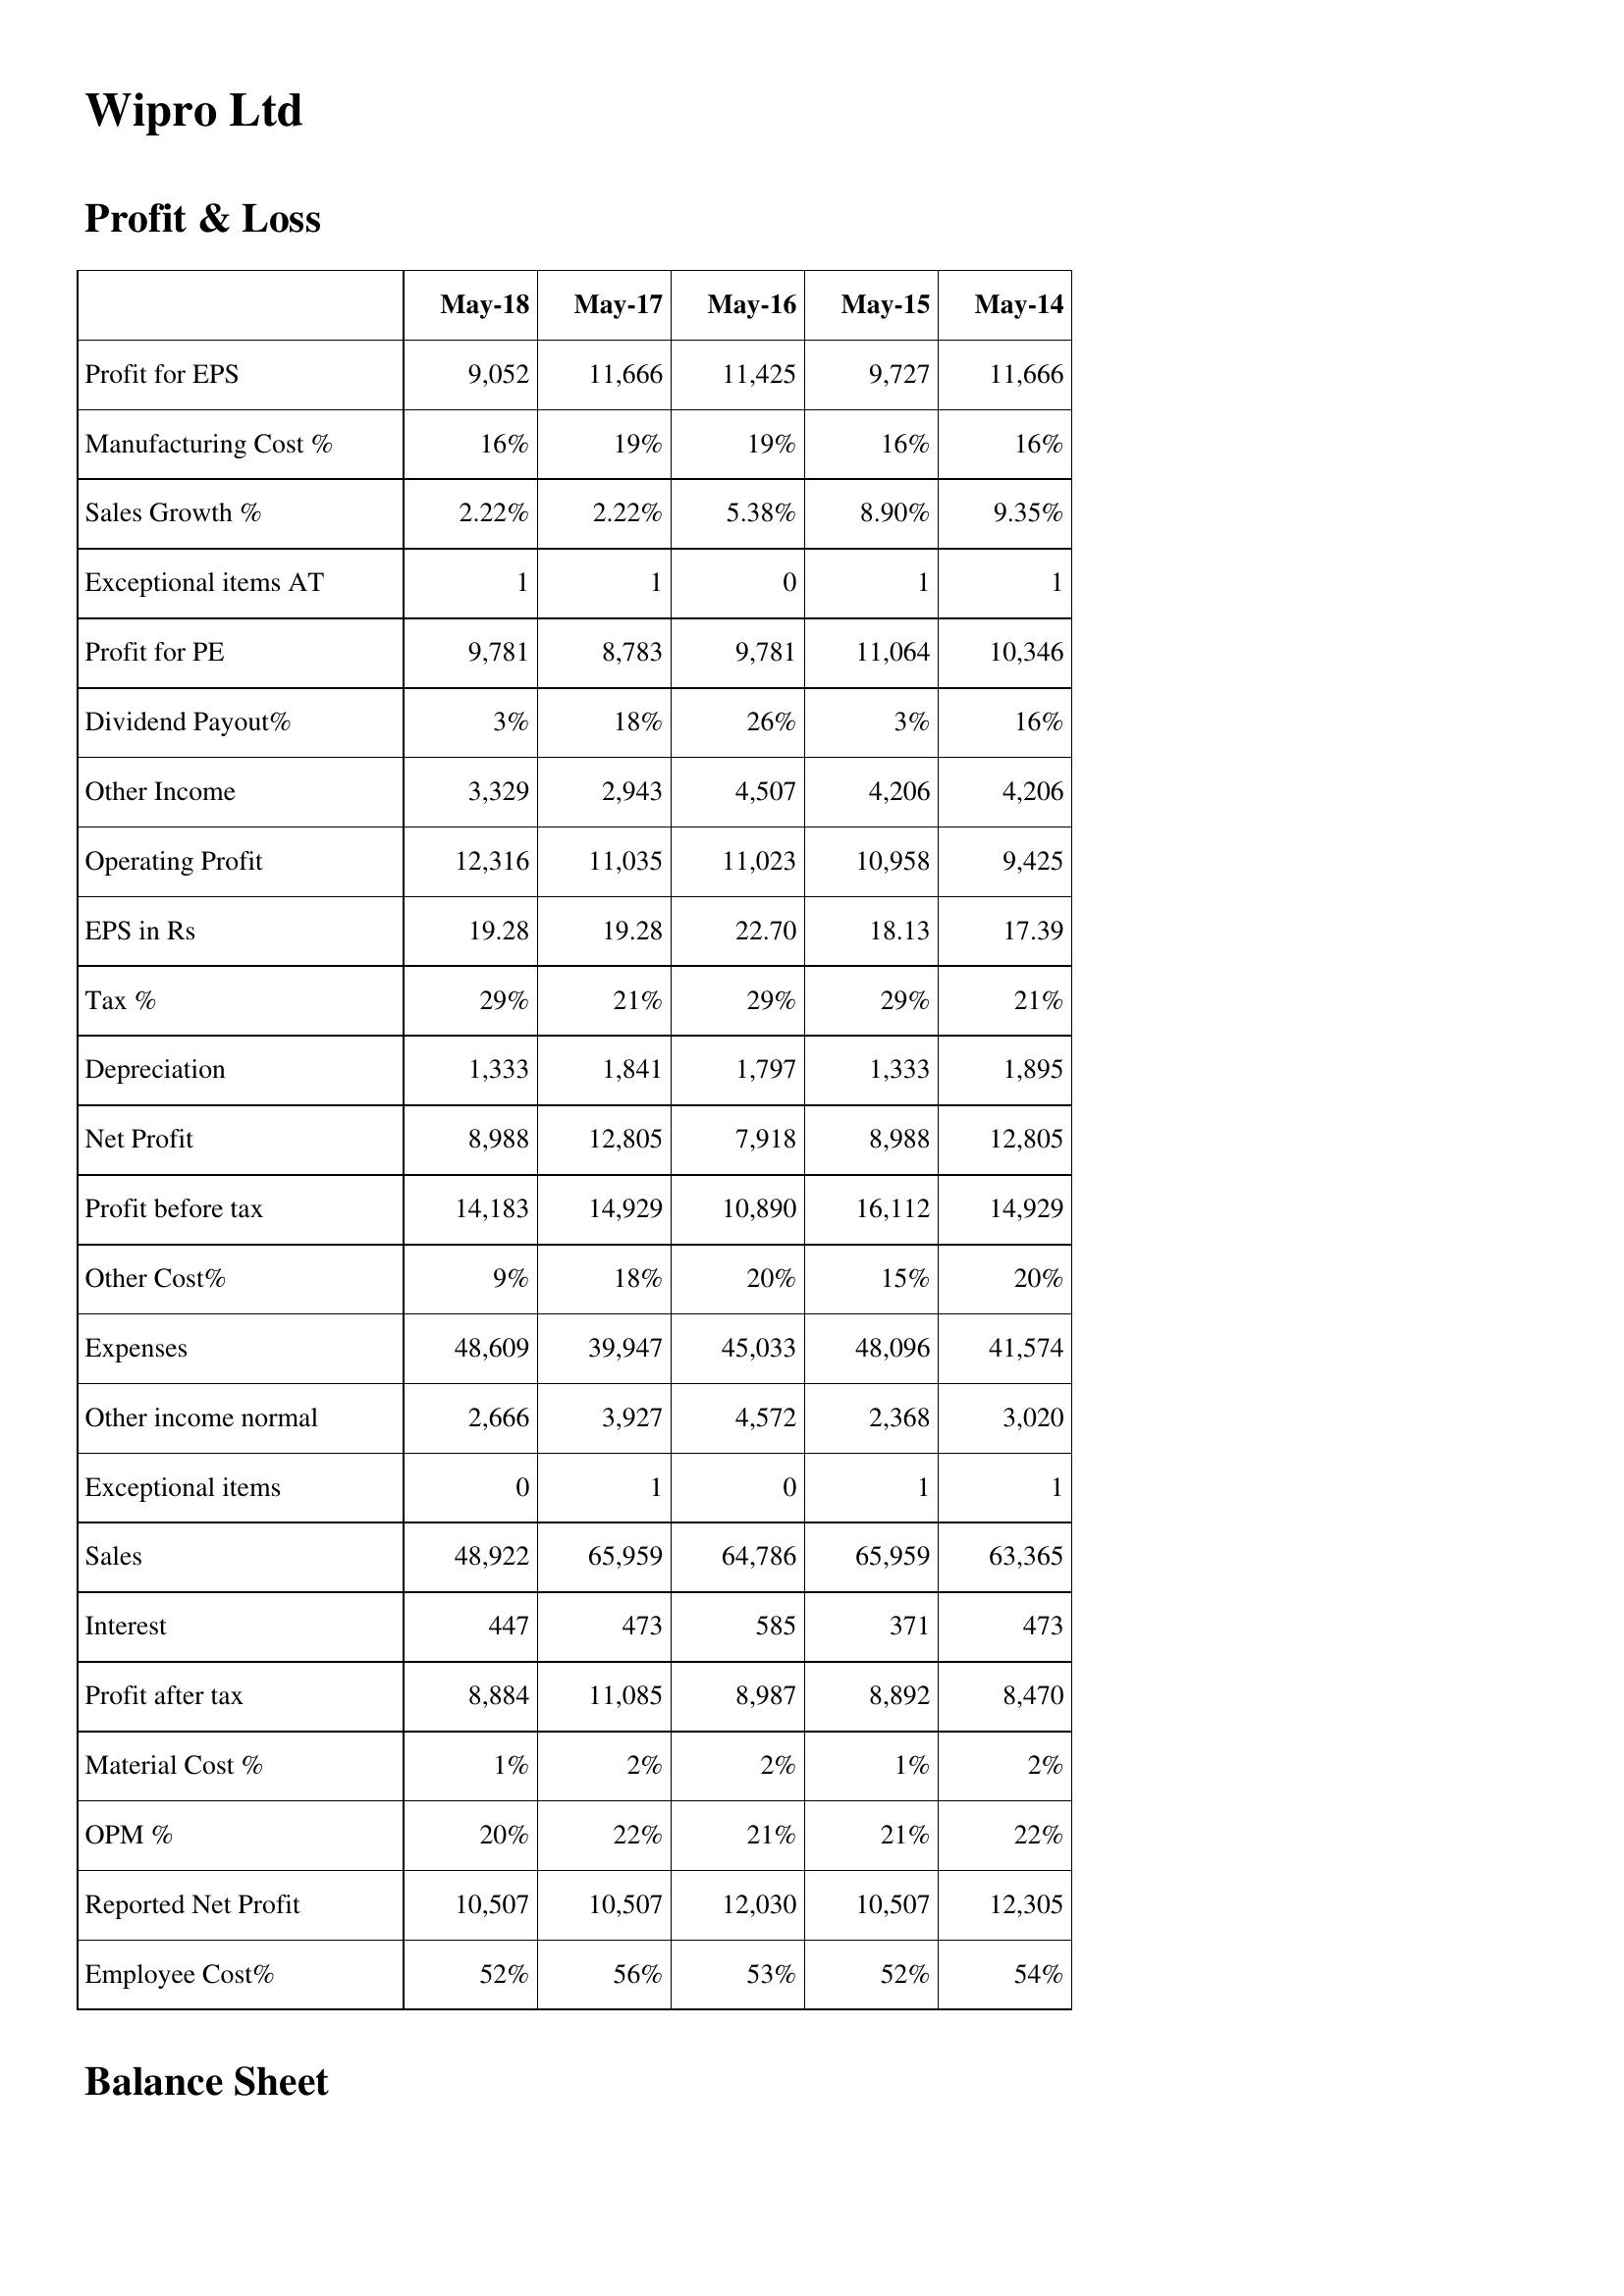
May-18: Profit & Loss: Profit for EPS: 9,052
Manufacturing Cost %: 16%
Sales Growth %: 2.22%
Exceptional items AT: 1
Profit for PE: 9,781
Dividend Payout%: 3%
Other Income: 3,329
Operating Profit: 12,316
EPS in Rs: 19.28
Tax %: 29%
Depreciation: 1,333
Net Profit: 8,988
Profit before tax: 14,183
Other Cost%: 9%
Expenses: 48,609
Other income normal: 2,666
Exceptional items: 0
Sales: 48,922
Interest: 447
Profit after tax: 8,884
Material Cost %: 1%
OPM %: 20%
Reported Net Profit: 10,507
Employee Cost%: 52%
May-17: Profit & Loss: Profit for EPS: 11,666
Manufacturing Cost %: 19%
Sales Growth %: 2.22%
Exceptional items AT: 1
Profit for PE: 8,783
Dividend Payout%: 18%
Other Income: 2,943
Operating Profit: 11,035
EPS in Rs: 19.28
Tax %: 21%
Depreciation: 1,841
Net Profit: 12,805
Profit before tax: 14,929
Other Cost%: 18%
Expenses: 39,947
Other income normal: 3,927
Exceptional items: 1
Sales: 65,959
Interest: 473
Profit after tax: 11,085
Material Cost %: 2%
OPM %: 22%
Reported Net Profit: 10,507
Employee Cost%: 56%
May-16: Profit & Loss: Profit for EPS: 11,425
Manufacturing Cost %: 19%
Sales Growth %: 5.38%
Exceptional items AT: 0
Profit for PE: 9,781
Dividend Payout%: 26%
Other Income: 4,507
Operating Profit: 11,023
EPS in Rs: 22.70
Tax %: 29%
Depreciation: 1,797
Net Profit: 7,918
Profit before tax: 10,890
Other Cost%: 20%
Expenses: 45,033
Other income normal: 4,572
Exceptional items: 0
Sales: 64,786
Interest: 585
Profit after tax: 8,987
Material Cost %: 2%
OPM %: 21%
Reported Net Profit: 12,030
Employee Cost%: 53%
May-15: Profit & Loss: Profit for EPS: 9,727
Manufacturing Cost %: 16%
Sales Growth %: 8.90%
Exceptional items AT: 1
Profit for PE: 11,064
Dividend Payout%: 3%
Other Income: 4,206
Operating Profit: 10,958
EPS in Rs: 18.13
Tax %: 29%
Depreciation: 1,333
Net Profit: 8,988
Profit before tax: 16,112
Other Cost%: 15%
Expenses: 48,096
Other income normal: 2,368
Exceptional items: 1
Sales: 65,959
Interest: 371
Profit after tax: 8,892
Material Cost %: 1%
OPM %: 21%
Reported Net Profit: 10,507
Employee Cost%: 52%
May-14: Profit & Loss: Profit for EPS: 11,666
Manufacturing Cost %: 16%
Sales Growth %: 9.35%
Exceptional items AT: 1
Profit for PE: 10,346
Dividend Payout%: 16%
Other Income: 4,206
Operating Profit: 9,425
EPS in Rs: 17.39
Tax %: 21%
Depreciation: 1,895
Net Profit: 12,805
Profit before tax: 14,929
Other Cost%: 20%
Expenses: 41,574
Other income normal: 3,020
Exceptional items: 1
Sales: 63,365
Interest: 473
Profit after tax: 8,470
Material Cost %: 2%
OPM %: 22%
Reported Net Profit: 12,305
Employee Cost%: 54%